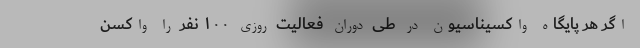
اگر هر پایگاه واکسیناسیون در طی دوران فعالیت روزی ۱۰۰ نفر را واکسن